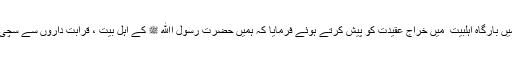
اپنے مخصوص انداز میں بارگاہ اہلبیت ؑ میں خراج عقیدت کو پیش کرتے ہوئے فرمایا کہ ہمیں حضرت رسول اﷲ ﷺ کے اہل بیت ، قرابت داروں سے سچی محبت رکھنی چاہئے۔